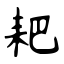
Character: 耙